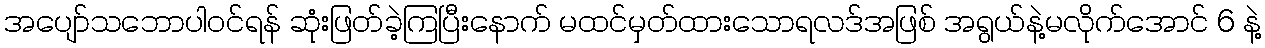
အပျော်သဘောပါဝင်ရန် ဆုံးဖြတ်ခဲ့ကြပြီးနောက် မထင်မှတ်ထားသောရလဒ်အဖြစ် အရွယ်နဲ့မလိုက်အောင် 6 နဲ့